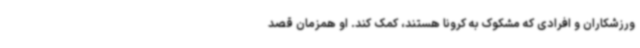
ورزشکاران و افرادی که مشکوک به کرونا هستند، کمک کند. او همزمان قصد